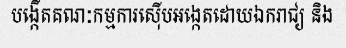
បង្កើតគណៈកម្មការស៊ើបអង្កេតដោយឯករាជ្យ និង